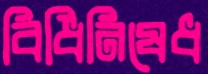
বিধিনিষেধ